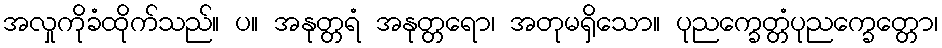
အလှုကိုခံထိုက်သည်။ ပ။ အနုတ္တရံ အနုတ္တရော၊ အတုမရှိသော။ ပုညက္ခေတ္တံပုညက္ခေတ္တော၊